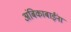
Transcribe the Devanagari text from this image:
अंबिकाबाईंना